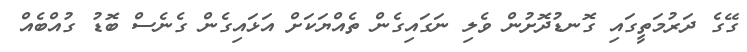
ގޭގެ ދަރުމަތީގައި ގޮނޑުދޮށުން ވެލި ނަގައިގެން ތެއްޔަކަށް އަޅައިގެން ގެނެސް ބޮޑު ގުއްބެއް